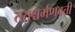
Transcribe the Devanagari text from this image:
ततश्चर्मणवती